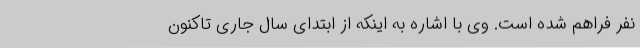
نفر فراهم شده است. وی با اشاره به اینکه از ابتدای سال جاری تاکنون